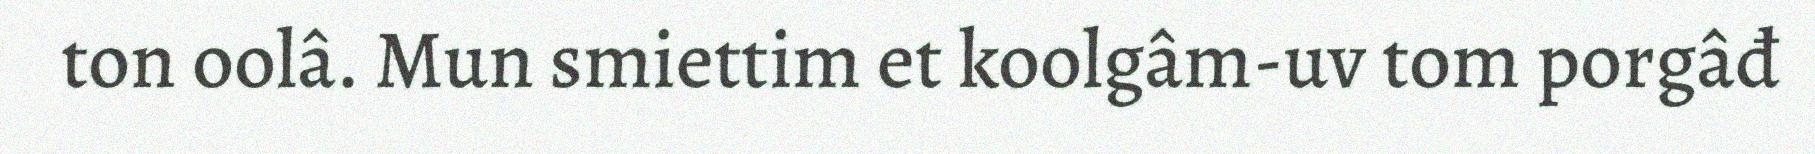
ton oolâ. Mun smiettim et koolgâm-uv tom porgâđ